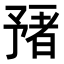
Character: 𬼻